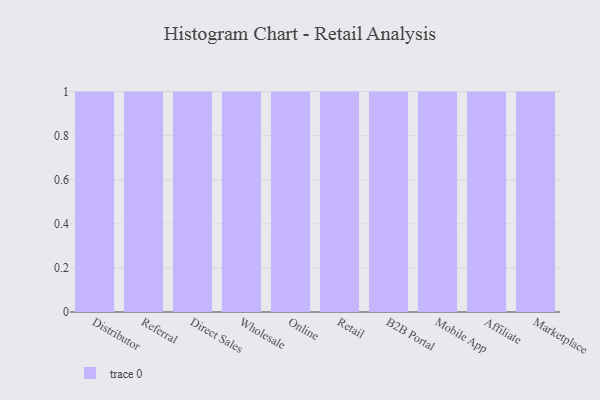
{"axis": {"x": "Channel", "y": "Shipments"}, "legend": [""], "data": [{"x": "Distributor", "y": 2, "type": ""}, {"x": "Referral", "y": 23, "type": ""}, {"x": "Direct Sales", "y": 83, "type": ""}, {"x": "Wholesale", "y": 88, "type": ""}, {"x": "Online", "y": 49, "type": ""}, {"x": "Retail", "y": 4, "type": ""}, {"x": "B2B Portal", "y": 38, "type": ""}, {"x": "Mobile App", "y": 67, "type": ""}, {"x": "Affiliate", "y": 75, "type": ""}, {"x": "Marketplace", "y": 84, "type": ""}]}